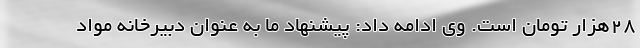
۲۸هزار تومان است. وی ادامه داد: پیشنهاد ما به عنوان دبیرخانه مواد